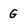
Character: G